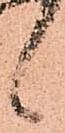
候